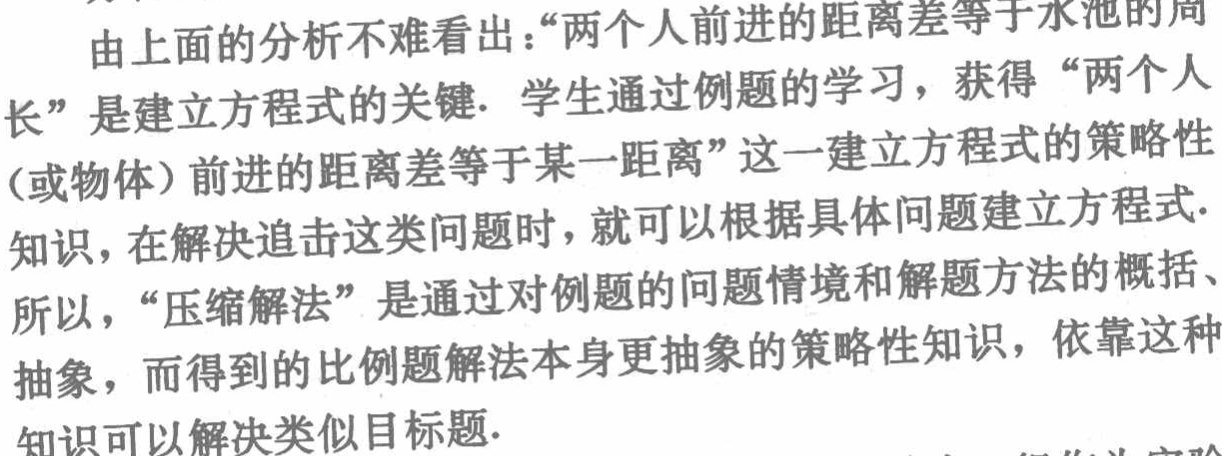
由此可知，请舜杰公司比较省钱.